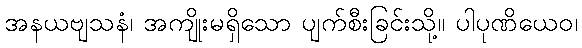
အနယဗျသနံ၊ အကျိုးမရှိသော ပျက်စီးခြင်းသို့။ ပါပုဏိယေဝ၊